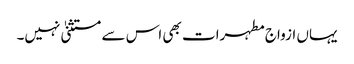
یہاں ازواج مطہرات بھی اس سے مستثنیٰ نہیں۔